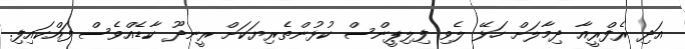
އަދި ރެފްރީއާ ދިމާލަށް ހަޅޭ ލެވި ފިލިޕީންސް ކުޅުންތެރިޔަކަށް ރީނދޫ ކާޑެއްވެސް ފައްކައިފި.